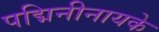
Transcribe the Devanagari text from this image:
पद्मिनीनायके